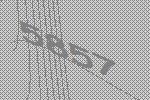
5857